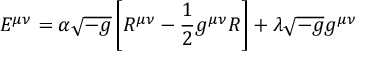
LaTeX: E ^ { \mu \nu } = \alpha { \sqrt { - g } } \left[ R ^ { \mu \nu } - { \frac { 1 } { 2 } } g ^ { \mu \nu } R \right] + \lambda { \sqrt { - g } } g ^ { \mu \nu }